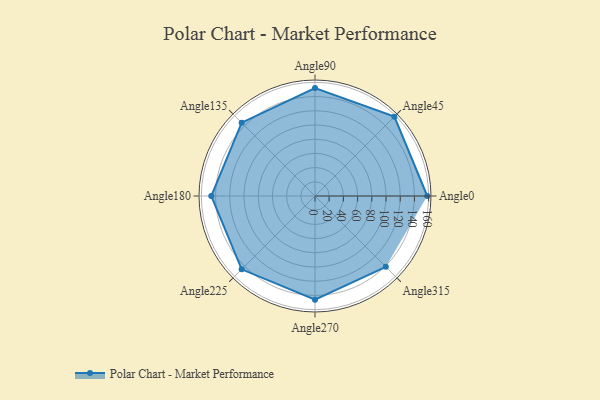
{"axis": {"x": "Angle", "y": "Radius"}, "legend": [""], "data": [{"x": "Angle0", "y": 158.0, "type": ""}, {"x": "Angle45", "y": 158.0, "type": ""}, {"x": "Angle90", "y": 152.0, "type": ""}, {"x": "Angle135", "y": 146.0, "type": ""}, {"x": "Angle180", "y": 146.0, "type": ""}, {"x": "Angle225", "y": 146.0, "type": ""}, {"x": "Angle270", "y": 146.0, "type": ""}, {"x": "Angle315", "y": 141.0, "type": ""}]}